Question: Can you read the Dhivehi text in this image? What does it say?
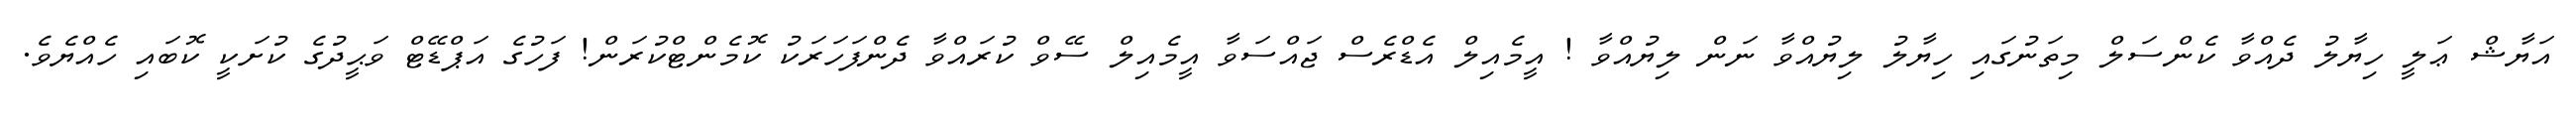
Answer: އަޔާޝް ޢަލީ ހިޔާލު ދެއްވާ ކެންސަލް މިތަނުގައި ހިޔާލު ލިޔުއްވާ ނަން ލިޔުއްވާ ! އީމެއިލް އެޑްރެސް ޖައްސަވާ އީމެއިލް ސޭވް ކުރައްވާ ދެންފަހަރަކު ކޮމެންޓްކުރަން! ފަހުގެ އަޕްޑޭޓް ވަޙީދުގެ ކުށަކީ ކޮބައި ހެއްޔެވެ.